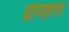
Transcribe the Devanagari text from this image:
ग्रीनहोफ